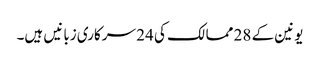
یونین کے 28 ممالک کی 24 سرکاری زبانیں ہیں۔